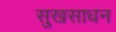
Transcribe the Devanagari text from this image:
सुखसाधन